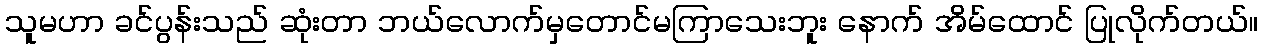
သူမဟာ ခင်ပွန်းသည် ဆုံးတာ ဘယ်လောက်မှတောင်မကြာသေးဘူး နောက် အိမ်ထောင် ပြုလိုက်တယ်။